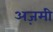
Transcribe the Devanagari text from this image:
अज़मी